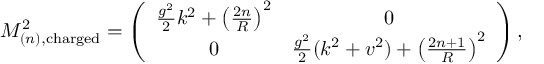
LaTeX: M _ { ( n ) , \mathrm { c h a r g e d } } ^ { 2 } = \left( \begin{array} { c c } { { \frac { g ^ { 2 } } 2 k ^ { 2 } + \left( \frac { 2 n } R \right) ^ { 2 } } } & { { 0 } } \\ { { 0 } } & { { \frac { g ^ { 2 } } 2 ( k ^ { 2 } + v ^ { 2 } ) + \left( \frac { 2 n + 1 } R \right) ^ { 2 } } } \end{array} \right) ,